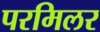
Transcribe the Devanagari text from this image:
परमिलर